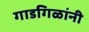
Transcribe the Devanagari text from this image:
गाडगिळांनी